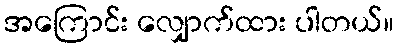
အကြောင်း လျှောက်ထား ပါတယ်။